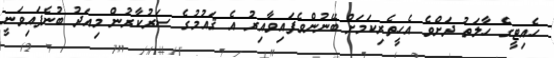
ހެއިޓީގެ ހާލަތު ދަށްވެ އެހީތެރިކަމަށް ބޭނުންވެފައިވާއިރު އެ ޤައުމުގެ ސަރުކާރުން މިއަދު ބުނެފައިވަނީ